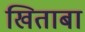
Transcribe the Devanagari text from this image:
खिताबा